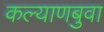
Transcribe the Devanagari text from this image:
कल्याणबुवा